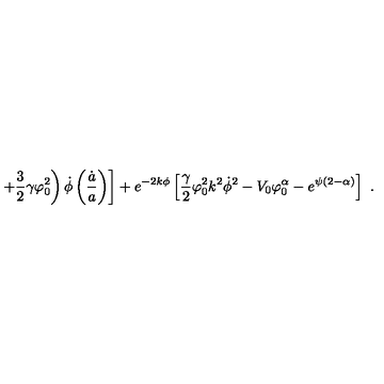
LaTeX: \ \ \left. \left. + \frac { 3 } { 2 } \gamma \varphi _ { 0 } ^ { 2 } \right) \dot { \phi } \left( \frac { \dot { a } } { a } \right) \right] + e ^ { - 2 k \phi } \left[ \frac { \gamma } { 2 } \varphi _ { 0 } ^ { 2 } k ^ { 2 } \dot { \phi } ^ { 2 } - V _ { 0 } \varphi _ { 0 } ^ { \alpha } - e ^ { \psi ( 2 - \alpha ) } \right] \ .